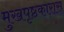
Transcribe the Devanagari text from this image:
मुखपृष्ठकारास